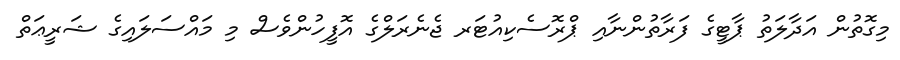
މިގޮތުން އަދާލަތު ޕާޓީގެ ފަރާތުންނާއި ޕްރޮސެކިއުޓަރ ޖެނެރަލްގެ އޮފީހުންވެސް މި މައްސަލައިގެ ޝަރީޢަތް